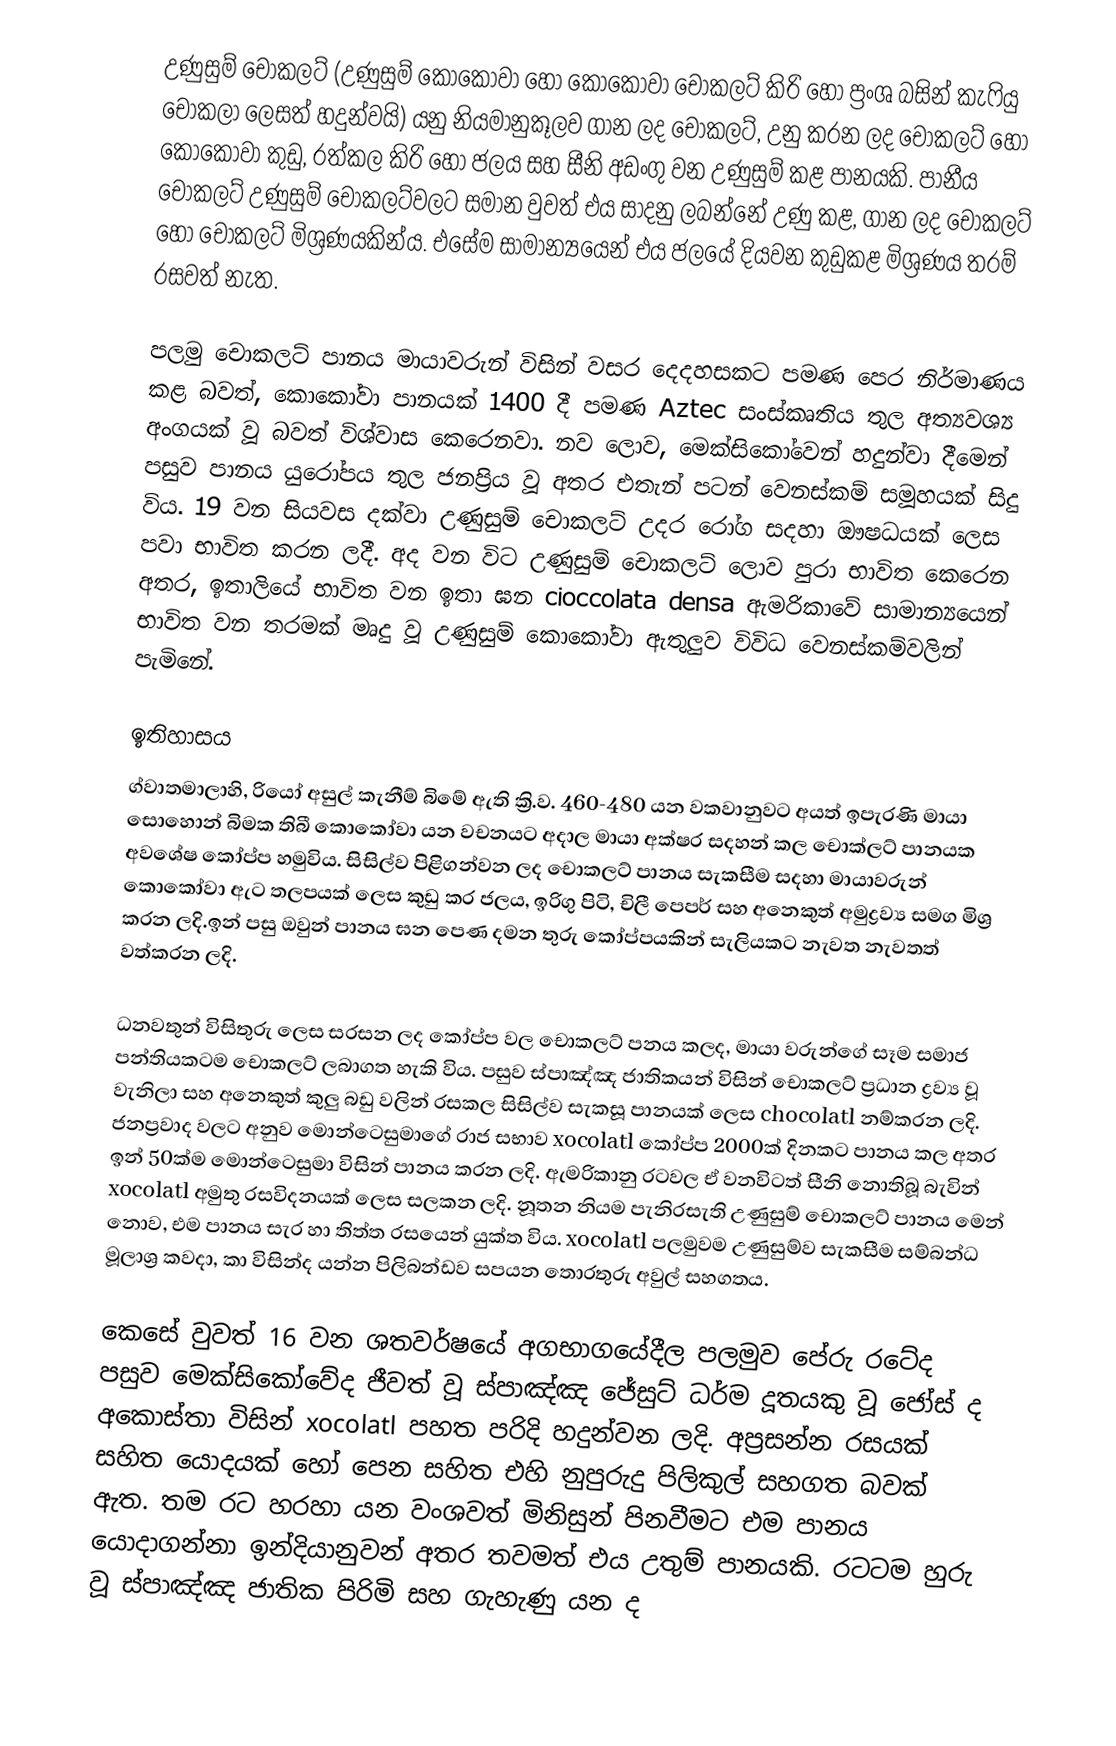
උණුසුම් චොකලට් (උණුසුම් කොකෝවා හෝ කොකෝවා චොකලට් කිරි හෝ ප්‍රංශ බසින් කැෆියු චොකලා ලෙසත් හදුන්වයි) යනු නියමානුකූලව ගාන ලද චොකලට්, උනු කරන ලද චොකලට් හෝ කොකෝවා කුඩු, රත්කල කිරි හෝ ජලය සහ සීනි අඩංගු වන උණුසුම් කළ පානයකි. පානීය චොකලට් උණුසුම් චොකලට්වලට සමාන වුවත් එය සාදනු ලබන්නේ උණු කළ, ගාන ලද චොකලට් හෝ චොකලට් මිශ්‍රණයකින්ය. එසේම සාමාන්‍යයෙන් එය ජලයේ දියවන කුඩුකළ මිශ්‍රණය තරම් රසවත් නැත.

පලමු චොකලට් පානය මායාවරුන් විසින් වසර දෙදහසකට පමණ පෙර නිර්මාණය කළ බවත්, කොකෝවා පානයක් 1400 දී පමණ Aztec  සංස්කෘතිය තුල අත්‍යවශ්‍ය අංගයක් වූ බවත් විශ්වාස කෙරෙනවා. නව ලොව, මෙක්සිකෝවෙන් හදුන්වා දීමෙන් පසුව පානය යුරෝපය තුල ජනප්‍රිය වූ අතර එතැන් පටන් වෙනස්කම් සමූහයක් සිදු විය. 19 වන සියවස දක්වා උණුසුම් චොකලට් උදර රෝග සදහා ‍ඖෂධයක් ලෙස පවා භාවිත කරන ලදී. අද වන විට උණුසුම් චොකලට් ලොව පුරා භාවිත කෙරෙන අතර, ඉතාලියේ භාවිත වන ඉතා ඝන cioccolata densa ඇමරිකාවේ සාමාන්‍යයෙන් භාවිත වන තරමක් මෘදු වූ උණුසුම් කොකෝවා ඇතුලුව විවි‍‍‍‍‍‍‍‍‍‍‍‍‍‍‍‍‍‍‍‍ධ වෙනස්කම්වලින් පැමිනේ.

ඉතිහාසය
ග්වාතමාලාහි, රියෝ අසුල් කැනීම් බිමේ ඇති ක්‍රි.ව. 460-480 යන වකවානුවට අයත් ඉපැරණි මායා සොහොන් බිමක තිබී කොකෝවා යන වචනයට අදාල මායා අක්ෂර සදහන් කල චොක්ලට් පානයක අවශේෂ කෝප්ප හමුවිය. සිසිල්ව පිළිගන්වන ලද චොකලට් පානය සැකසීම සදහා මායාවරුන් කොකෝවා ඇට තලපයක් ලෙස කුඩු කර ජලය, ඉරිගු පිටි, චිලී පෙපර් සහ අනෙකුත් අමුද්‍රව්‍ය සමග මිශ්‍ර කරන ලදි.ඉන් පසු ඔවුන් පානය ඝන පෙණ දමන තුරු කෝප්පයකින් සැලියකට නැවත නැවතත් වත්කරන ලදි.

ධනවතුන් විසිතුරු ලෙස සරසන ලද කෝප්ප වල චොකලට් පනය කලද, මායා වරුන්ගේ සෑම සමාජ පන්තියකටම චොකලට් ලබාගත හැකි විය. පසුව  ස්පාඤ්ඤ ජාතිකයන් විසින් චොකලට් ප්‍රධාන ද්‍රව්‍ය වූ වැනිලා සහ අනෙකුත් කුලු බඩු වලින් රසකල සිසිල්ව සැකසූ පානයක් ලෙස chocolatl නම්කරන ලදි. ජනප්‍රවාද වලට අනුව මොන්ටෙසුමාගේ රාජ සභාව xocolatl කෝප්ප 2000ක් දිනකට පානය කල අතර ඉන් 50ක්ම මොන්ටෙසුමා විසින් පානය කරන ලදි. ඇමරිකානු රටවල ඒ වනවිටත් සීනි නොතිබූ බැවින් xocolatl අමුතු රසවිදනයක් ලෙස සලකන ලදි. නූතන නියම පැනිරසැති උණුසුම් චොකලට් පානය මෙන් නොව, එම පානය සැර හා තිත්ත රසයෙන් යුක්ත විය. xocolatl පලමුවම උණුසුම්ව සැකසීම සම්බන්ධ මූලාශ්‍ර කවදා, කා විසින්ද යන්න පිලිබන්ඩව සපයන තොරතුරු අවුල් සහගතය.

කෙසේ වුවත් 16 වන ශතවර්ෂයේ අගභාගයේදීල පලමුව පේරු රටේද පසුව මෙක්සිකෝවේද ජීවත් වූ ස්පාඤ්ඤ ජේසුට් ධර්ම දූතයකු වූ ජෝස් ද අකොස්තා විසින් xocolatl පහත පරිදි හදුන්වන ලදි. අප්‍රසන්න රසයක් සහිත යොදයක් හෝ පෙන සහිත එහි නුපුරුදු පිලිකුල් සහගත බවක් ඇත. තම රට හරහා යන වංශවත් මිනිසුන් පිනවීමට එම පානය යොදාගන්නා ඉන්දියානුවන් අතර තවමත් එය උතුම් පානයකි. රටටම හුරු වූ ස්පාඤ්ඤ ජාතික පිරිමි සහ ගැහැණු යන ද